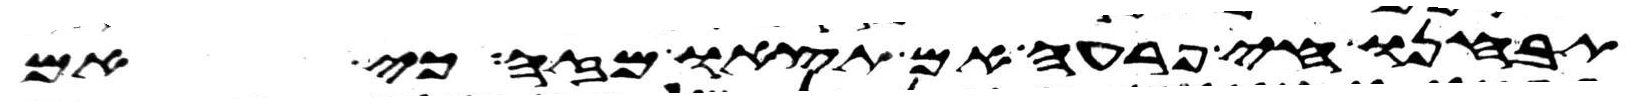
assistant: תבחנו חי פרעה אם תצאו מזה כי אם